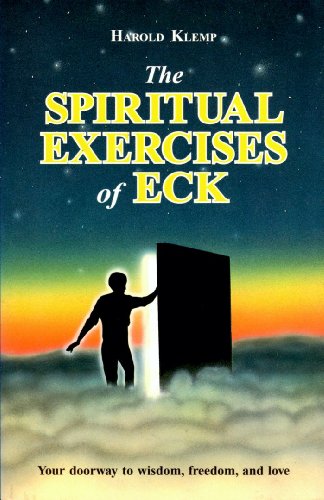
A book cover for The Spiritual Exercises of ECK; Harold Klemp; Religion & Spirituality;